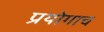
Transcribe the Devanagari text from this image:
प्रयोगाच